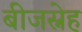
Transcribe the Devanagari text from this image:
बीजस्नेह